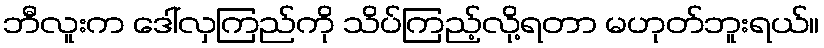
ဘီလူးက ဒေါ်လှကြည်ကို သိပ်ကြည့်လို့ရတာ မဟုတ်ဘူးရယ်။